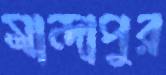
মান্দাপুর